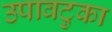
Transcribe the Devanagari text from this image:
उपावटुका